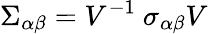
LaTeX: \Sigma_{\alpha\beta}=V^{-1}~\sigma_{\alpha\beta}V